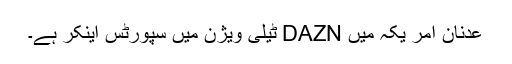
عدنان امر یکہ میں DAZN ٹیلی ویژن میں سپورٹس اینکر ہے۔